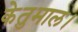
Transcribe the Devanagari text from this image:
केतुमाल।